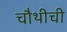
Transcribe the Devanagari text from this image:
चौथीची